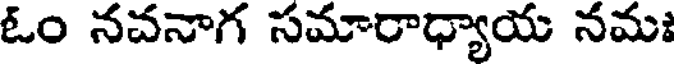
ఓం నచనాగ సమారాధ్యాయ నమః